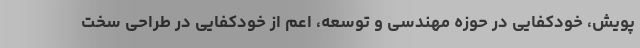
پویش، خودکفایی در حوزه مهندسی و توسعه، اعم از خودکفایی در طراحی سخت